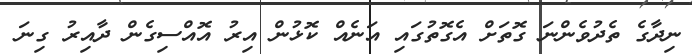
ނިދާގެ ތެދުވެންނަ ގޮތަށް އެގޮތުގައި އަނެއް ކޮޅުން އިރު އޮއްސިގެން ދާއިރު ގިނަ